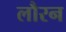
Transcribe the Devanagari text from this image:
लौरन